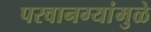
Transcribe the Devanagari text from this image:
परवानग्यांमुळे